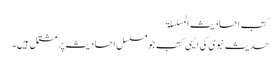
کتب احادیث المسلسلۃ
حدیث نبوی کی ایسی کتب جو مسلسل احادیث پر مشتمل ہیں۔